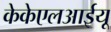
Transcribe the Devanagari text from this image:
केकेएलआईयू